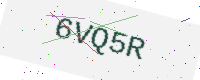
Text: 6VQ5R